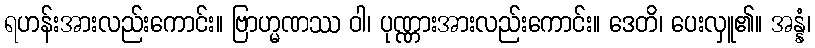
ရဟန်းအားလည်းကောင်း။ ဗြာဟ္မဏဿ ဝါ၊ ပုဏ္ဏားအားလည်းကောင်း။ ဒေတိ၊ ပေးလှူ၏။ အန္နံ၊